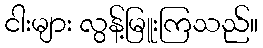
ငါးများ လွန့်မြူးကြသည်။